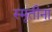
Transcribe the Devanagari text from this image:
स्मृतीनां